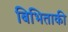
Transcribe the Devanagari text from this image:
बिभिताकी